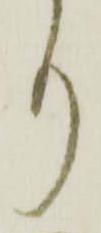
り